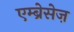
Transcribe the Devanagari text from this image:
एम्ब्रेसेज़